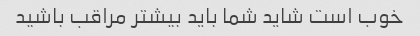
خوب است شاید شما باید بیشتر مراقب باشید